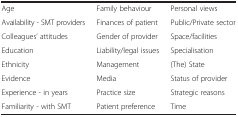
<table><thead><tr><td colspan="3"><b> </b></td></tr></thead><tbody><tr><td>Age</td><td>Family behaviour</td><td>Personal views</td></tr><tr><td>Availability - SMT providers</td><td>Finances of patient</td><td>Public/Private sector</td></tr><tr><td>Colleagues’ attitudes</td><td>Gender of provider</td><td>Space/facilities</td></tr><tr><td>Education</td><td>Liability/legal issues</td><td>Specialisation</td></tr><tr><td>Ethnicity</td><td>Management</td><td>(The) State</td></tr><tr><td>Evidence</td><td>Media</td><td>Status of provider</td></tr><tr><td>Experience - in years</td><td>Practice size</td><td>Strategic reasons</td></tr><tr><td>Familiarity - with SMT</td><td>Patient preference</td><td>Time</td></tr></tbody></table>